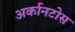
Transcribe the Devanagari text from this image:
अर्कानटोस